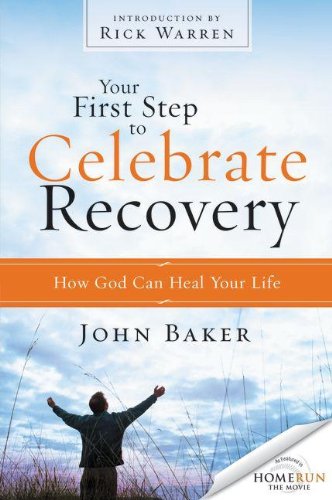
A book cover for Your First Step to Celebrate Recovery: How God Can Heal Your Life; John Baker; Christian Books & Bibles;